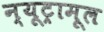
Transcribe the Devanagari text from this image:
न्यूट्रामूल